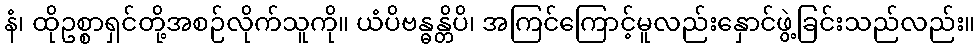
နံ၊ ထိုဥစ္စာရှင်တို့အစဉ်လိုက်သူကို။ ယံပိဗန္ဓန္တိပိ၊ အကြင်ကြောင့်မူလည်းနှောင်ဖွဲ့ခြင်းသည်လည်း။